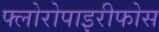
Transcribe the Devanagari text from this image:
फ्लोरोपाइरीफोस